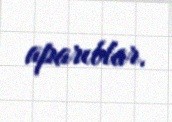
aparıblar.